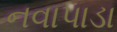
નવાપાડા